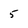
Character: 5